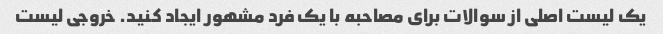
یک لیست اصلی از سوالات برای مصاحبه با یک فرد مشهور ایجاد کنید. خروجی لیست